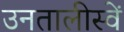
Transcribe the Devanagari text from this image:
उनतालीस्वें